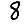
Digit: 8